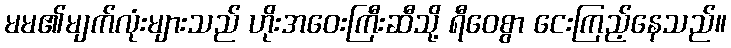
မမ၏မျက်လုံးများသည် ဟိုးအဝေးကြီးဆီသို့ ရီဝေစွာ ငေးကြည့်နေသည်။